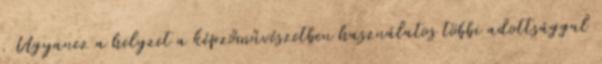
. Ugyanez a helyzet a képzőművészetben használatos többi adottsággal